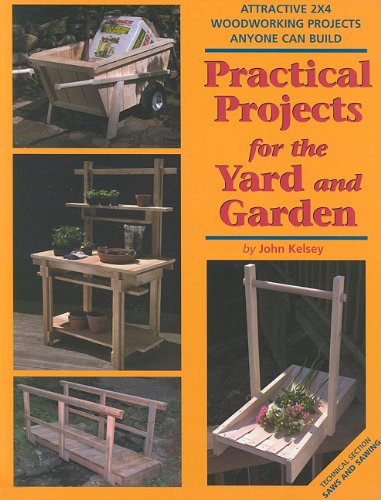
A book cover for Practical Projects for the Yard & Garden: Attractive 2x4 Woodworking Projects Anyone Can Build (2x4 Projects Anyone Can Build series); Skills Institute Press; Crafts, Hobbies & Home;